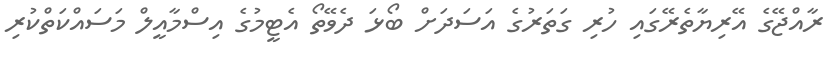
ރާއްޖޭގެ އޭރިޔާތެރޭގައި ހުރި ގަތަރުގެ އަސަދަށް ބޯޅަ ދެވޭތޯ އެޓީމުގެ އިސްމާއީލް މަސައްކަތްކުރި